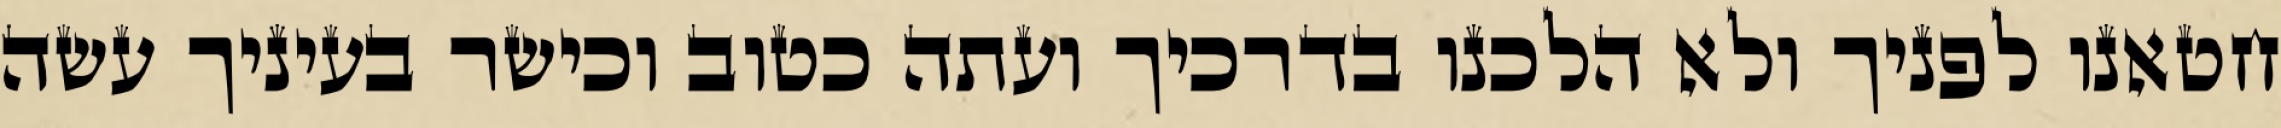
חטאנו לפניך ולא הלכנו בדרכיך ועתה כטוב וכישר בעיניך עשה